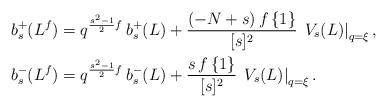
LaTeX: \begin{align*}\begin{aligned}b_{s}^+(L^f)&=q^{\frac{s^2-1}{2}f} \, b_{s}^+(L) + \dfrac{(-N + s) \, f \, \{1\} }{[s]^2}\, \left.V_{s}(L)\right|_{q=\xi},\\b_{s}^-(L^f) &=q^{\frac{s^2-1}{2}f} \, b_{s}^-(L) + \dfrac{s\, f \, \{1\} }{[s]^2}\, \left.V_{s}(L)\right|_{q=\xi}. \end{aligned}\end{align*}